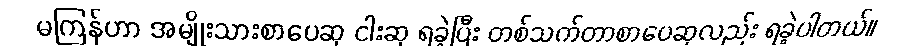
မကြန်ဟာ အမျိုးသားစာပေဆု ငါးဆု ရခဲ့ပြီး တစ်သက်တာစာပေဆုလည်း ရခဲ့ပါတယ်။